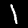
Label: 1